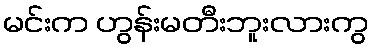
မင်းက ဟွန်းမတီးဘူးလားကွ